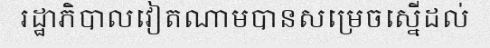
រដ្ឋាភិបាលវៀតណាមបានសម្រេចស្នើដល់